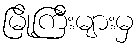
မြို့ကြီးများမှ